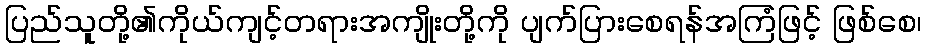
ပြည်သူတို့၏ကိုယ်ကျင့်တရားအကျိုးတို့ကို ပျက်ပြားစေရန်အကြံဖြင့် ဖြစ်စေ၊